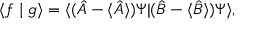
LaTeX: \langle f \mid g \rangle = \langle ( { \hat { A } } - \langle { \hat { A } } \rangle ) \Psi | ( { \hat { B } } - \langle { \hat { B } } \rangle ) \Psi \rangle ,